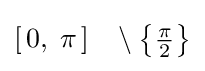
[\,0,\;\pi \,]\;\;\;\setminus \left\{{\tfrac {\pi }{2}}\right\}